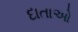
દાતાઓ